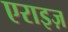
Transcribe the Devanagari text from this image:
एराइज़